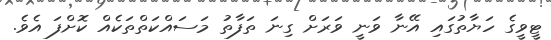
ޓީވީގެ ހަޔާތުގައި އޭނާ ވަނީ ވަރަށް ގިނަ ތަފާތު މަސައްކަތްތަކެއް ކޮށްފަ އެވެ.